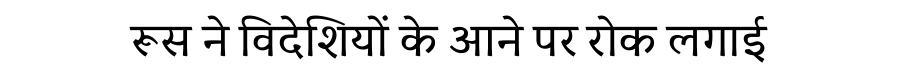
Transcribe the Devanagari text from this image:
रूस ने विदेशियों के आने पर रोक लगाई